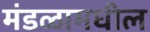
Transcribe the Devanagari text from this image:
मंडळामधील